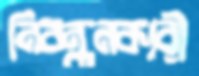
নিবন্ধনকারী